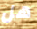
هل